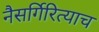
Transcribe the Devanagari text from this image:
नैसर्गिरित्याच